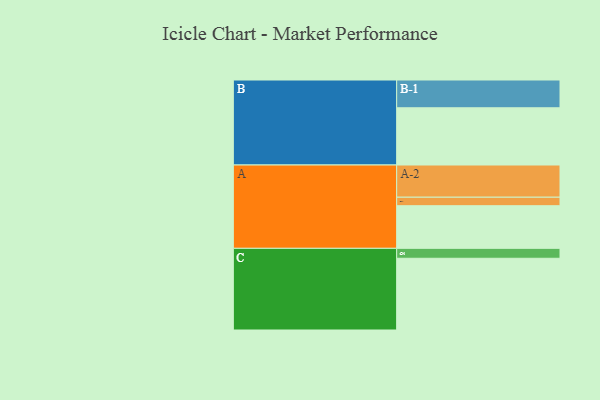
{"axis": {"x": "Segment", "y": "Value"}, "legend": ["", "A", "B", "C"], "data": [{"x": "A", "y": 356, "type": ""}, {"x": "B", "y": 478, "type": ""}, {"x": "C", "y": 599, "type": ""}, {"x": "A-1", "y": 71, "type": "A"}, {"x": "A-2", "y": 269, "type": "A"}, {"x": "B-1", "y": 232, "type": "B"}, {"x": "C-1", "y": 83, "type": "C"}]}